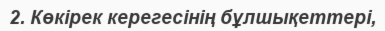
2. Көкірек керегесінің бұлшықеттері,